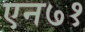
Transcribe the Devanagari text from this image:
एन७१